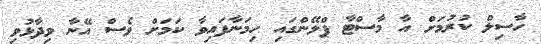
ހާސިލް ކުރުމަށް އާ މާސްޓާ ޕްލޭންގައި ހިމަނާފައިވާ ކަމަށް ވެސް އޭނާ ވިދާޅުވި